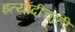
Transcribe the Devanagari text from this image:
इत्यांदीचाही